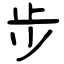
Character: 步